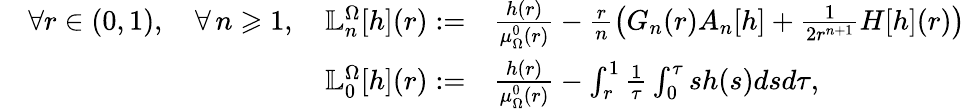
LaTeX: \begin{array}{rl}{\quad\forall r\in(0,1),\quad\forall\, n\geqslant 1,\quad\mathbb{L}_{n}^{\Omega}[h](r):=}&{\frac{h(r)}{\mu_{\Omega}^{0}(r)}-\frac{r}{n}\left(G_{n}(r)A_{n}[h]+\frac{1}{2r^{n+1}}H[h](r)\right)}\\ {\mathbb{L}_{0}^{\Omega}[h](r):=}&{\frac{h(r)}{\mu_{\Omega}^{0}(r)}-\int_{r}^{1}\frac{1}{\tau}\int_{0}^{\tau}sh(s)dsd\tau,}\end{array}